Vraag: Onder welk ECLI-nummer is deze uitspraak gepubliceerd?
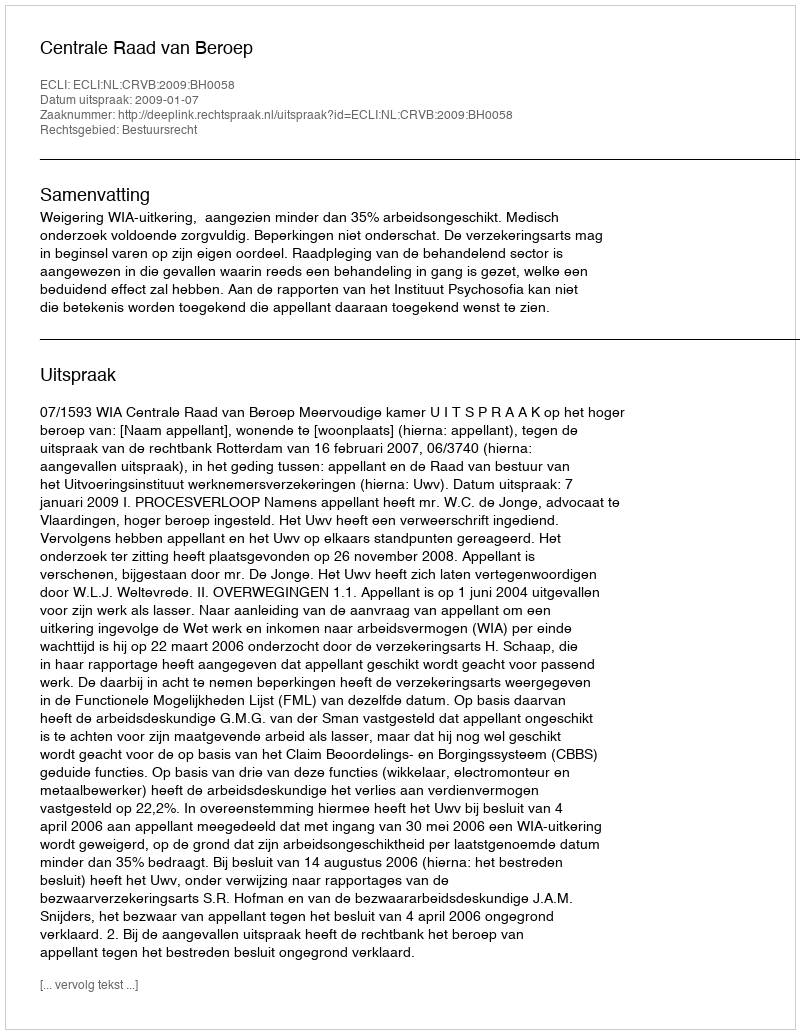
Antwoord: ECLI:NL:CRVB:2009:BH0058